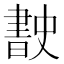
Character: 𭨡